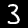
Label: 3